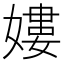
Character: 㜢